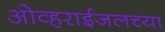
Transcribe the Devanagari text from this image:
ओव्हराईजलच्या